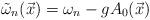
LaTeX: \begin{align*}\tilde{\omega}_{n}(\vec{x}) = \omega_{n} - g A_{0}(\vec{x})\end{align*}